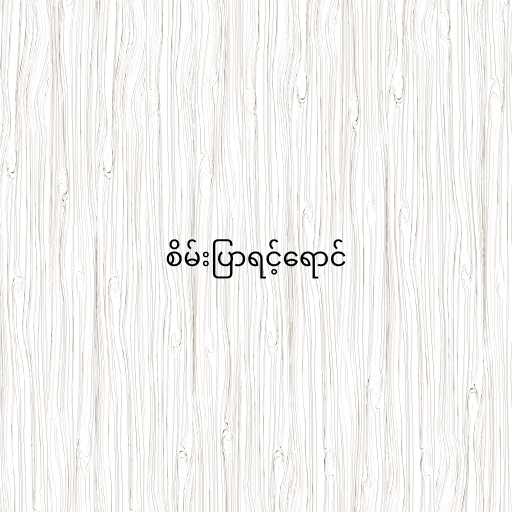
စိမ်းပြာရင့်ရောင်